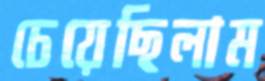
চেয়েছিলাম